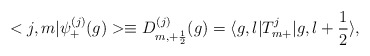
\begin{align*}<j,m|{\psi}_{+}^{(j)}(g)>\equiv D^{(j)}_{m,+\frac{1}{2}}(g)=\langle g,l|T^{j}_{m+}|g,l+\frac{1}{2}\rangle,\end{align*}